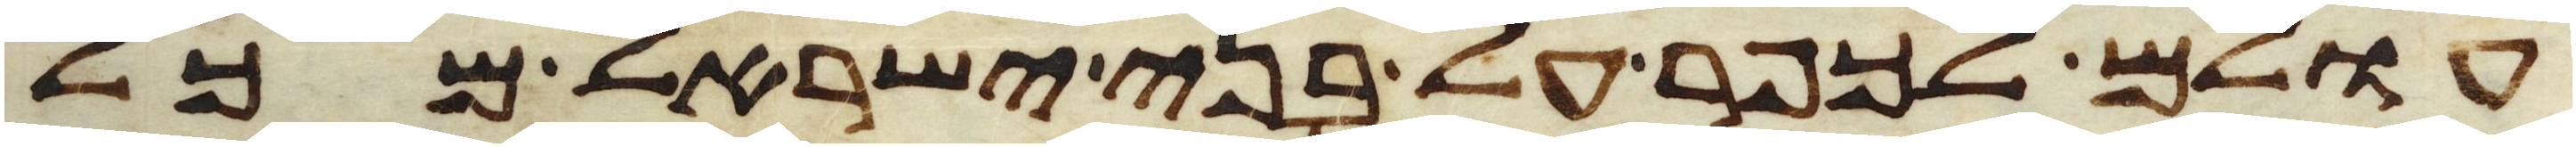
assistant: עולם לכפר על בני ישראל מכל